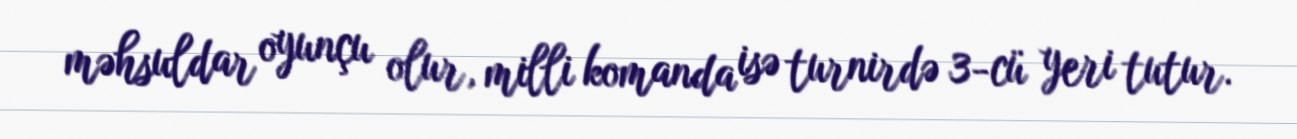
məhsuldar oyunçu olur, milli komanda isə turnirdə 3-cü yeri tutur.